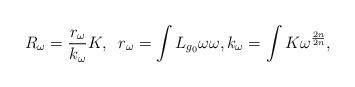
LaTeX: \begin{align*}R_{\omega}=\frac{r_{\omega}}{k_{\omega}}K, \;\;r_{\omega}=\int L_{g_{0}}\omega \omega,k_{\omega}=\int K\omega^{\frac{2n}{2n}},\end{align*}